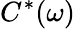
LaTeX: C^{*}(\omega)